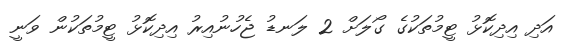
އަދި އިދިކޮޅު ޓީމުތަކުގެ ގޯލަށް 2 ލަނޑު ޖެހުނުއިރު އިދިކޮޅު ޓީމުތަކުން ވަނީ